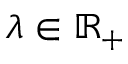
\lambda \in \mathbb { R } _ { + }